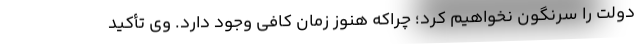
دولت را سرنگون نخواهیم کرد؛ چراکه هنوز زمان کافی وجود دارد. وی تأکید